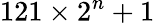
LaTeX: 121\times 2^{n}+1